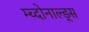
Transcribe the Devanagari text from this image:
म्च्दोनाल्ड्स